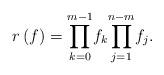
LaTeX: \begin{align*}r\left( f\right) ={\displaystyle\prod\limits_{k=0}^{m-1}}f_{k}{\displaystyle\prod\limits_{j=1}^{n-m}}f_{j}. \end{align*}